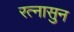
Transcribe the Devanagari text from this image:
रत्‍नासुन